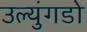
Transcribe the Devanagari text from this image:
उल्युंगडो